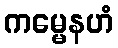
ကမ္မေနဟံ